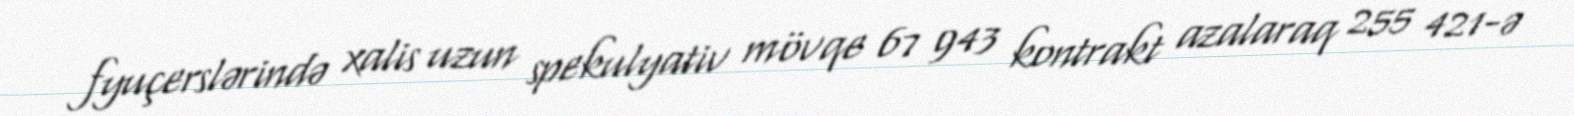
fyuçerslərində xalis uzun spekulyativ mövqe 67 943 kontrakt azalaraq 255 421-ə